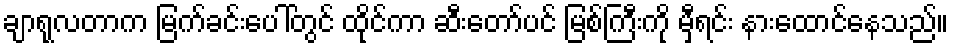
ချာရုလတာက မြက်ခင်းပေါ်တွင် ထိုင်ကာ ဆီးတော်ပင် မြစ်ကြီးကို မှီရင်း နားထောင်နေသည်။